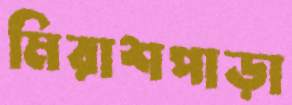
মিরাশপাড়া